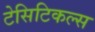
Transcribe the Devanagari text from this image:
टेसिटिकल्स